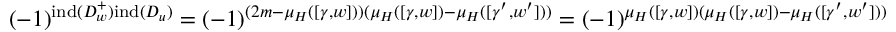
( - 1 ) ^ { \mathrm { i n d } ( D _ { w } ^ { + } ) \mathrm { i n d } ( D _ { u } ) } = ( - 1 ) ^ { ( 2 m - \mu _ { H } ( [ \gamma , w ] ) ) ( \mu _ { H } ( [ \gamma , w ] ) - \mu _ { H } ( [ \gamma ^ { \prime } , w ^ { \prime } ] ) ) } = ( - 1 ) ^ { \mu _ { H } ( [ \gamma , w ] ) ( \mu _ { H } ( [ \gamma , w ] ) - \mu _ { H } ( [ \gamma ^ { \prime } , w ^ { \prime } ] ) ) }